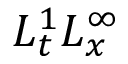
L _ { t } ^ { 1 } L _ { x } ^ { \infty }